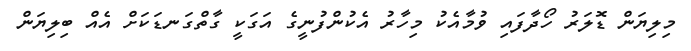
މިލިޔަން ޑޮލަރު ހޯދާފައި ވުމާއެކު މިހާރު އެކުންފުނީގެ އަގަކީ ގާތްގަނޑަކަށް އެއް ބިލިޔަން